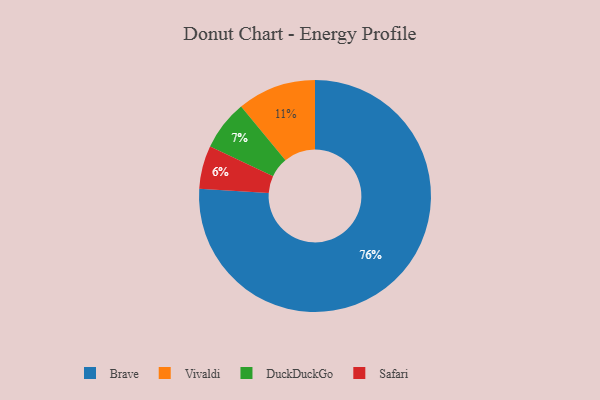
{"axis": {"x": "Category", "y": "Percentage"}, "legend": ["Brave", "DuckDuckGo", "Safari", "Vivaldi"], "data": [{"x": "Vivaldi", "y": 11, "type": "Vivaldi"}, {"x": "Brave", "y": 76, "type": "Brave"}, {"x": "Safari", "y": 6, "type": "Safari"}, {"x": "DuckDuckGo", "y": 7, "type": "DuckDuckGo"}]}